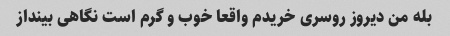
بله من دیروز روسری خریدم واقعا خوب و گرم است نگاهی بینداز